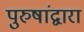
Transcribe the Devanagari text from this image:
पुरुषांद्वारा